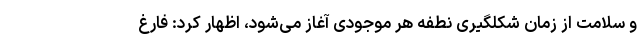
و سلامت از زمان شکلگیری نطفه هر موجودی آغاز می‌شود، اظهار کرد: فارغ